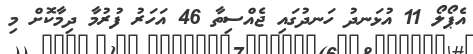
އެޕޯލޯ 11 އުޅަނދު ހަނދުގައި ޖެއްސިތާ 46 އަހަރު ފުރުމާ ދިމާކޮށް މި